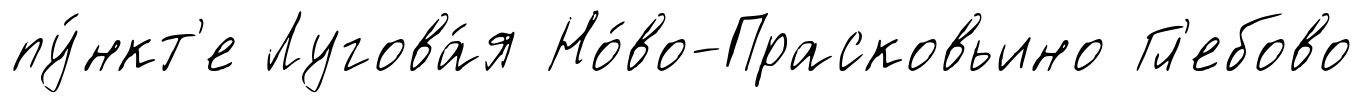
пу́нкт'е Лугова́я Но́во-Прасковьино Гл'ебово